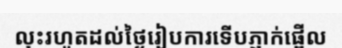
លុះរហូតដល់ថ្ងៃរៀបការទើបភ្ញាក់ផ្អើល